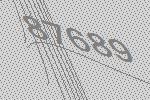
87689